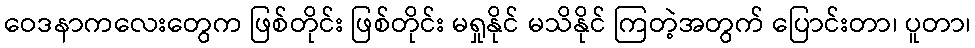
ဝေဒနာကလေးတွေက ဖြစ်တိုင်း ဖြစ်တိုင်း မရှုနိုင် မသိနိုင် ကြတဲ့အတွက် ပြောင်းတာ၊ ပူတာ၊